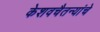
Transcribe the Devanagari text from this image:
केशवचैतन्यांचे